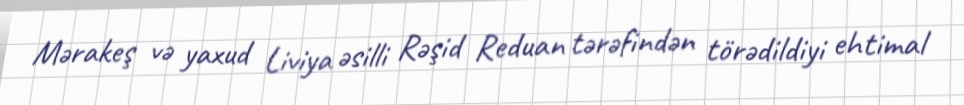
Mərakeş və yaxud Liviya əsilli Rəşid Reduan tərəfindən törədildiyi ehtimal